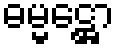
ဓမ္မဋ္ဌော